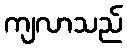
ကျလာသည်